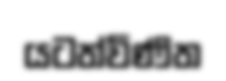
යටත්විණිත